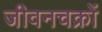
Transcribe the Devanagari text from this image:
जीवनचक्रों